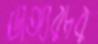
ডাঙ্গারচর